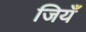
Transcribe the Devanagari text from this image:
जियँ